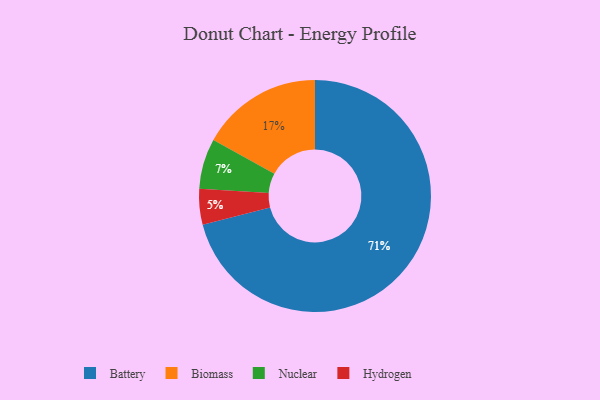
{"axis": {"x": "Category", "y": "Percentage"}, "legend": ["Battery", "Biomass", "Hydrogen", "Nuclear"], "data": [{"x": "Nuclear", "y": 7, "type": "Nuclear"}, {"x": "Hydrogen", "y": 5, "type": "Hydrogen"}, {"x": "Battery", "y": 71, "type": "Battery"}, {"x": "Biomass", "y": 17, "type": "Biomass"}]}